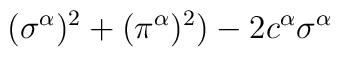
(\sigma^\alpha)^2+(\pi^\alpha)^2)-2 c^\alpha\sigma^\alpha